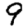
Digit: 9